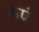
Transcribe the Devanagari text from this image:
रुपं